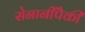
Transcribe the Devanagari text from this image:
सेनानींपैकी